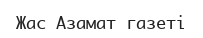
Жас Азамат газеті